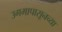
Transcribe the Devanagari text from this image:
उगमापासूनच्या